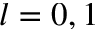
l = 0 , 1